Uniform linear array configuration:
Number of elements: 4
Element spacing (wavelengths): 0.5
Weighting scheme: kaiser
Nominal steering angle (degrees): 60
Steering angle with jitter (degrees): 58.883
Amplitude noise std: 0.05
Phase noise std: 0.05

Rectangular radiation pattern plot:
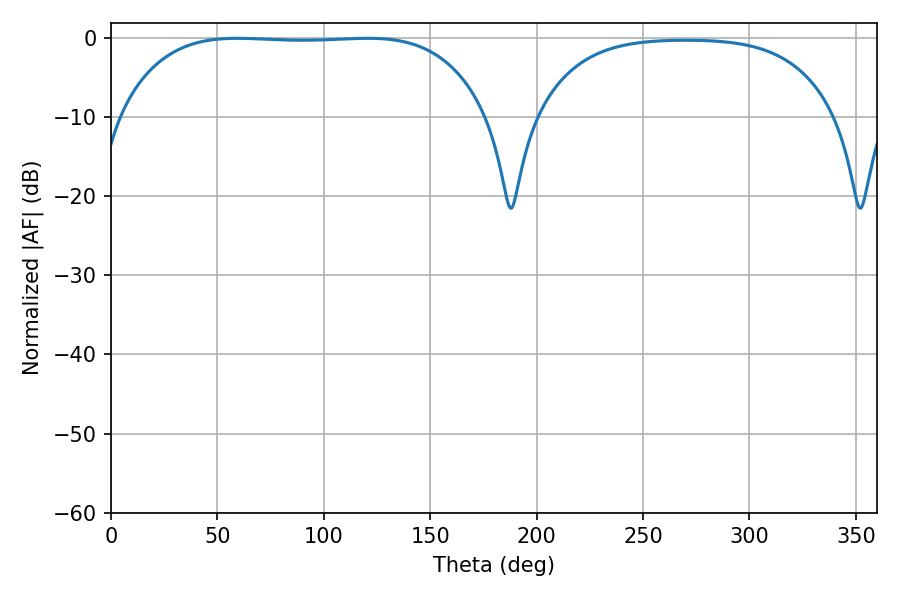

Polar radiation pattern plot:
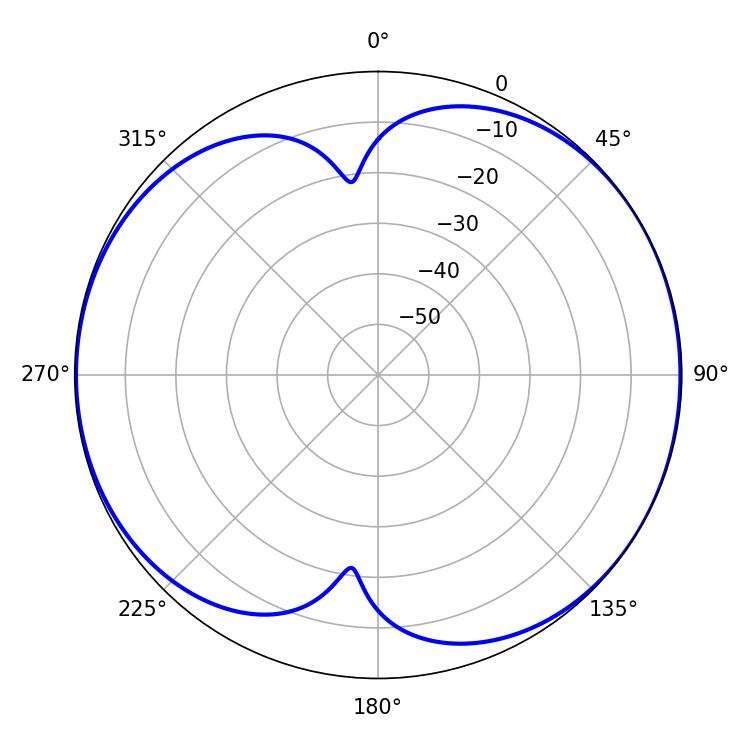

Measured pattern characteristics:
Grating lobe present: FALSE
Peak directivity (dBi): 7.031
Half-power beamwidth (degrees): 134.64
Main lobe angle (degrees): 59.4